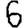
Digit: 6